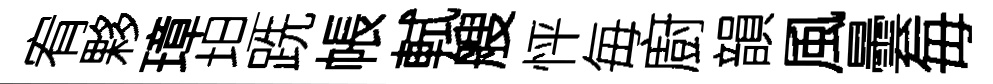
宥夥璋坦跣帳軾艘怦毎廚韻風曇毎